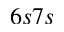
6 s 7 s